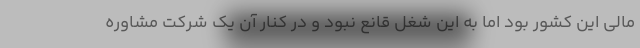
مالی این کشور بود اما به این شغل قانع نبود و در کنار آن یک شرکت مشاوره